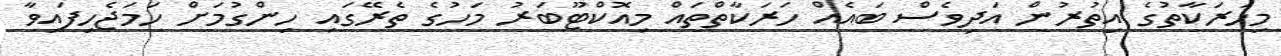
މިހަރަކާތުގެ އިތުރުން އަދިވެސް ބައެއް ހަރަކާތްތައް މިއޮކްޓޫބަރު މަހުގެ ތެރޭގައި ހިންގުމަށް ހަމަޖެހިފައިވާ